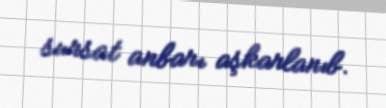
sursat anbarı aşkarlanıb.